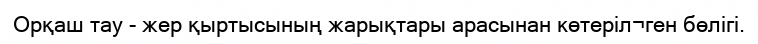
Орқаш тау - жер қыртысының жарықтары арасынан көтеріл¬ген бөлігі.